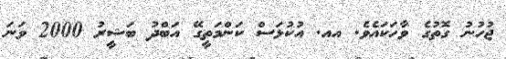
ޖުހުނު ގޮތުގެ ވާހަކައެވެ. އއ. އުކުޅަސް ކަންމަތީގޭ އަބްދު ބަޝީރު 2000 ވަނަ